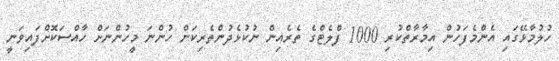
ހުލުމާޅޭގައި އެންމެފަހުން އިމާރާތްކުރި 1000 ފްލެޓްގެ ތެރެއިން ނުކުޅެދުންތެރިކަން ހުންނަ މީހުންނަށް ހާއްސަކޮށްފައިވަނީ